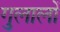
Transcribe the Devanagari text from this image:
गुलालों